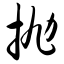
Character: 抛